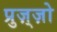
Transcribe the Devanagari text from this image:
प्रुज़्ज़ो